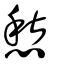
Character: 愁